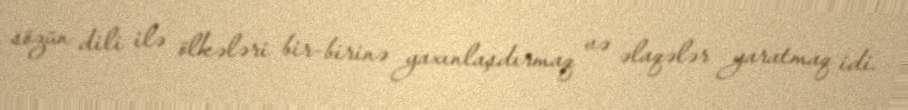
sözün dili ilə ölkələri bir-birinə yaxınlaşdırmaq və əlaqələr yaratmaq idi.